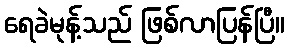
ရေခဲမုန့်သည် ဖြစ်လာပြန်ပြီ။